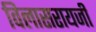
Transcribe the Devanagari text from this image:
विलासरायजी